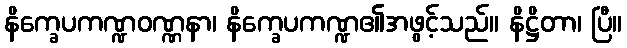
နိက္ခေပကဏ္ဍဝဏ္ဏနာ၊ နိက္ခေပကဏ္ဍ၏အဖွင့်သည်။ နိဋ္ဌိတာ၊ ပြီ။